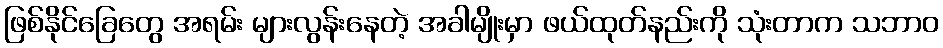
ဖြစ်နိုင်ခြေတွေ အရမ်း များလွန်းနေတဲ့ အခါမျိုးမှာ ဖယ်ထုတ်နည်းကို သုံးတာက သဘာဝ